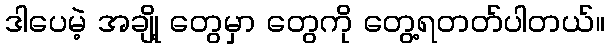
ဒါပေမဲ့ အချို့ တွေမှာ တွေကို တွေ့ရတတ်ပါတယ်။